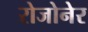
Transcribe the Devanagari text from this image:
रोजोनेर